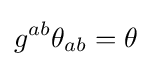
g^{ab}\theta _{ab}=\theta